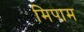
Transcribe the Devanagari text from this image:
मिपाम